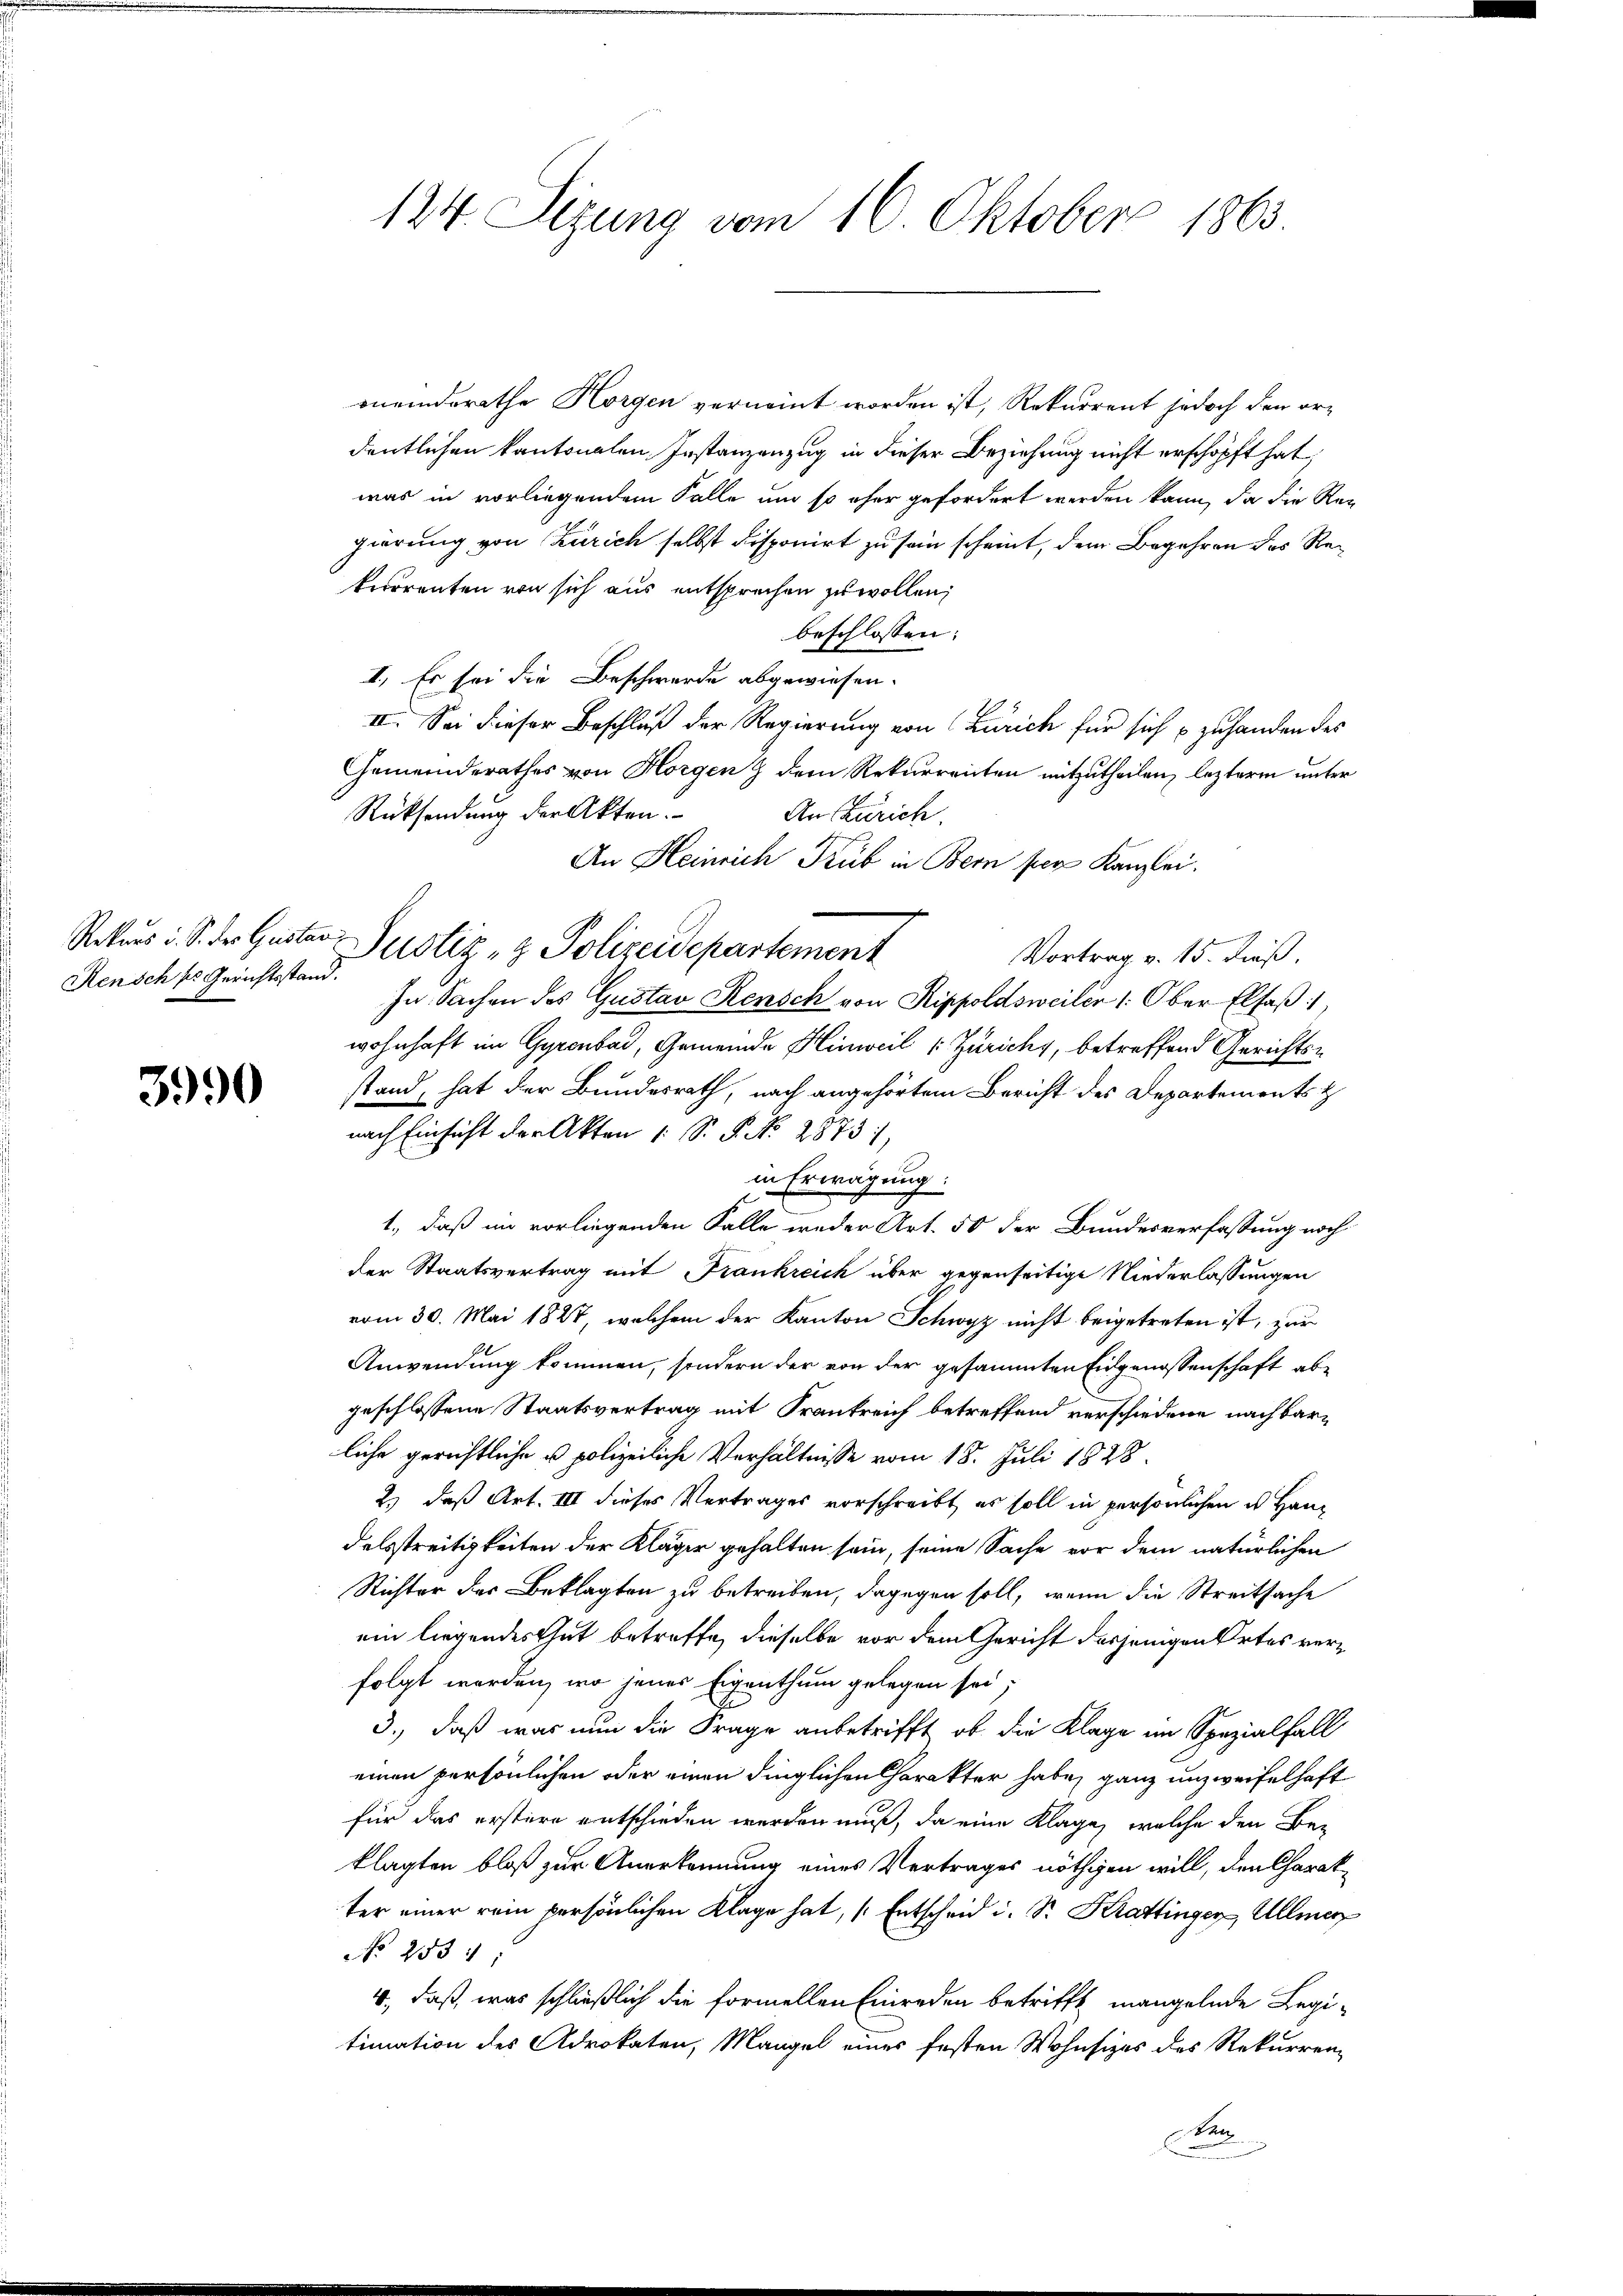
Rekurs d. S. der Geister
Rensch ses Gerichtsstand.

3990

124. Sizung vom 16. Oktober 1863

meindsrathe Horgen verneint worden ist, Rekurrent jedoch den ordentlichen kantonalen Instanzenzug in dieser Beziehung nicht erschöpft hat,
was in vorliegendem Falle und so eher gefordert werden kann, da die Rei
gierung von Zürich selbst disponirt zu sein scheint, dem Begehren des Rekerorenten von sich aus entsprechen zu wollen,
beschlossen:
II. Es sei die Beschwerde abgewiesen.
II. Sei dieser Beschluß der Regierung von (Zürich für sich zu handen des
Gemeinderathes von Horgen & dem Rekurrenten mitzutheilen, lezterm unter
Rücksendung der Akten.
An Zürich.
An Heinrich Trüb in Bern per Kanzlei.
Justiz- & Polizeidepartement
Vortrag v. 15. dieß.
In Sachen des Gustav Rensch von Rippoldsweiler 1. Ober Elsaß,
wohnhaft im Gyrenbad, Gemeinde Hinweil (Zürichy, betreffend Gerichtsstand, hat der Bundesrath, nach angehörtem Bericht des Departements &
nach Einsicht der Akten 1 S. P. No. 28731,
in Erwägung:
1., daß im vorliegenden Falle weder Art. 50 der Bundesverfassung noch
der Staatsvertrag mit Frankreich über gegenseitige Niederlassungen
vom 30. Mai 1827, welchem der Kanton Schwyz nicht beigetreten ist, zur
Anwendung kommen, sondern der von der gesammten Eidgenossenschaft abgeschlossene Staatsvertrag mit Frankreich betreffend verschiedene nachbarliche gerichtliche u polizeiliche Verhältnisse vom 18. Juli 1828.
2.) daß Art. III dieses Vertrages vorschreibt, es soll in persönlichen es Handelsstreitigkeiten der Kläger gehalten sein, seine Sache vor dem natürlichen
Richter der Beklagten zu betreiben, dagegen soll, wenn die Streitsache
ein liegendes Gut betreffe, dieselbe vor dem Gericht derjenigen Ortes verfolgt werden, wo jenes Eigenthum gelegen sei,
3., daß war nun die Frage anbetrifft, ob die Klage im Spezialfall
einen persönlichen oder einen dinglichen Charakter habe, ganz unzweifelhaft
für das erstere entschieden werden muß, da eine Klage, welche den Beklagten bloß zur Anerkennung eines Vertrages nöthigen will, den Charakter einer rein persönlichen Klage hat, (Entscheid i. Sr. Krattinger, Allmer
No 253.
4., daß, was schließlich die formellen Einreden betrifft mangelnde Legi-
timation des Advokaten, Mangel eines festen Wohnsizes des Rekurrenz
den